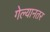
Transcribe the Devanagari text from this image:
गेल्यानतर